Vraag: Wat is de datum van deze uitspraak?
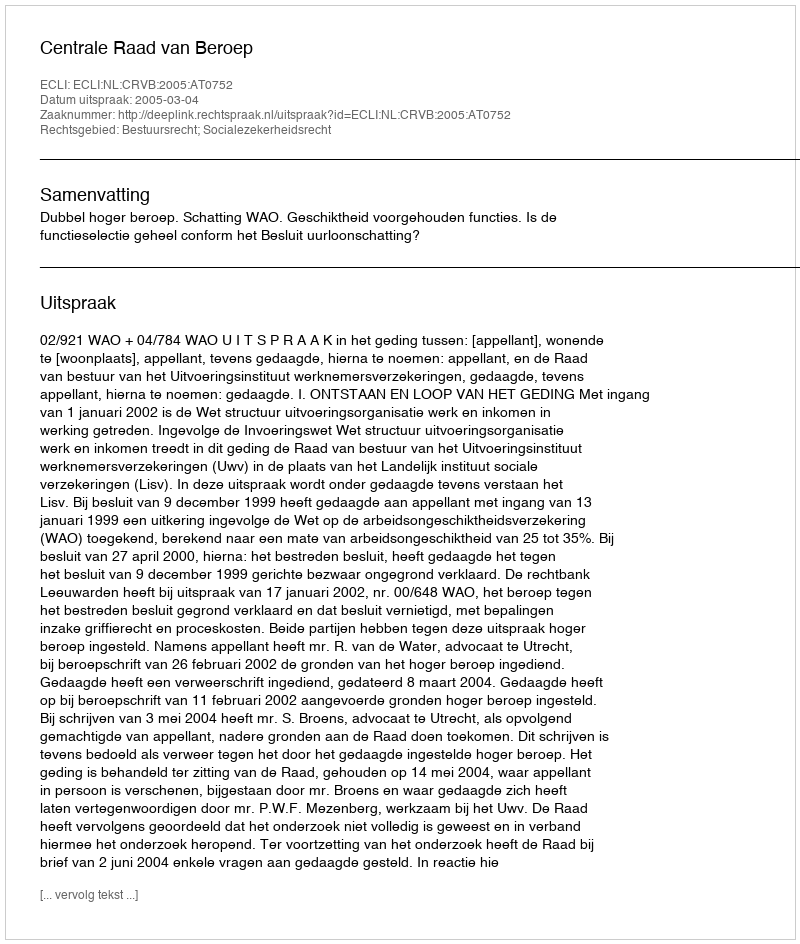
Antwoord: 2005-03-04